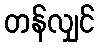
တန်လျှင်